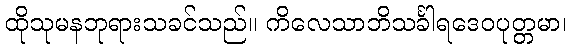
ထိုသုမနဘုရားသခင်သည်။ ကိလေသာဘိသင်္ခါရဒေဝပုတ္တမာ၊